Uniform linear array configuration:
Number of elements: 16
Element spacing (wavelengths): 0.5
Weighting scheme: hamming
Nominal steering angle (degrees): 30
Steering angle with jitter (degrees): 30.576
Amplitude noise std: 0.05
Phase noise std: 0.05

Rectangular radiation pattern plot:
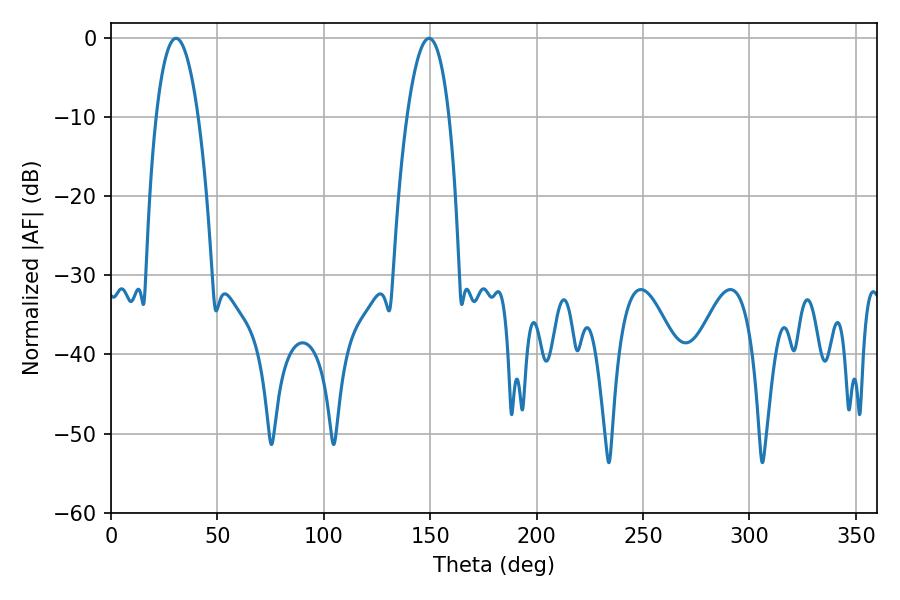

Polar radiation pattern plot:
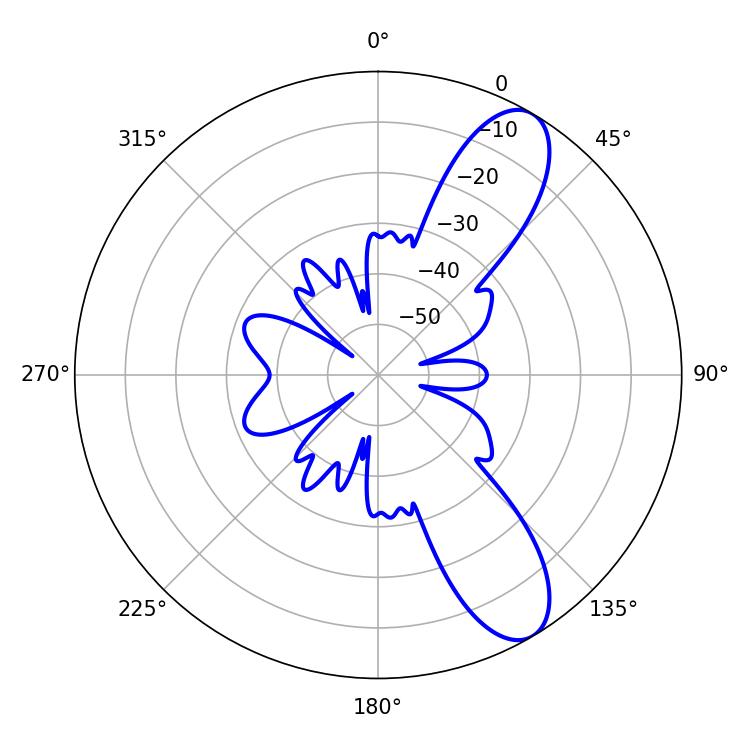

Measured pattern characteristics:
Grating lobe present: FALSE
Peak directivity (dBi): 9.813
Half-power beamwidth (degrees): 10.98
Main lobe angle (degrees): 30.6